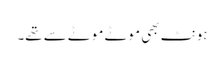
ہونٹ بھی موٹے موٹے سے تھے۔